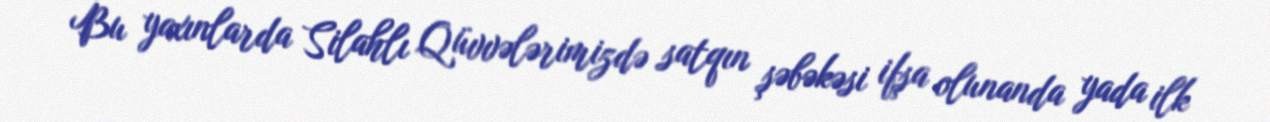
Bu yaxınlarda Silahlı Qüvvələrimizdə satqın şəbəkəsi ifşa olunanda yada ilk